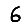
Digit: 6